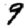
Digit: 9